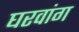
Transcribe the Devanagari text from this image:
घरवांग